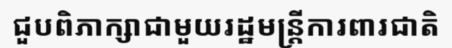
ជួបពិភាក្សាជាមួយរដ្ឋមន្ត្រីការពារជាតិ